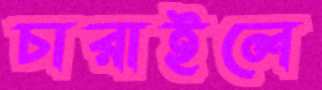
চারাইলে